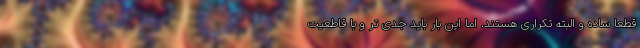
قطعا ساده و البته تکراری هستند. اما این بار باید جدی تر و با قاطعیت